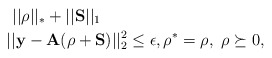
\begin{align*}&\ \ ||\rho||_*+ ||\mathbf{S}||_1 \ \\ & \ ||\mathbf{y} - \mathbf{A} (\rho+\mathbf{S}) ||_2^2 \leq \epsilon, \rho^* = \rho, \ \rho \succeq 0,\end{align*}